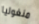
منغوليا